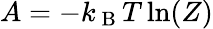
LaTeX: A=-k_{\mathrm{~B~}}T\ln(Z)